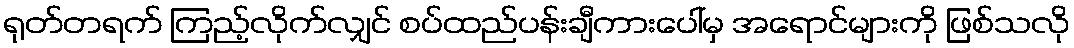
ရုတ်တရက် ကြည့်လိုက်လျှင် စပ်ထည်ပန်းချီကားပေါ်မှ အရောင်များကို ဖြစ်သလို